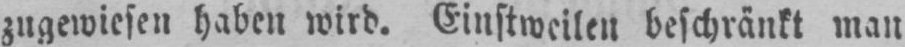
zugewiesen haben wird. Einstweilen beschränkt man